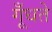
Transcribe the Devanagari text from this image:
गूँधते